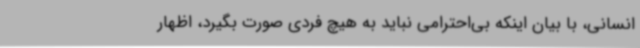
انسانی، با بیان اینکه بی‌احترامی نباید به هیچ فردی صورت بگیرد، اظهار